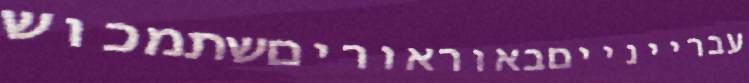
עבריינייםבאוראוריםשתמכוש